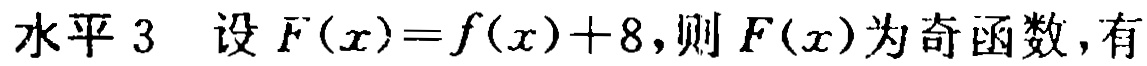
水平 3  设 \(F(x)=f(x)+8\)，则 \(F(x)\) 为奇函数，有